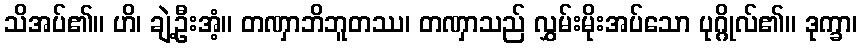
သိအပ်၏။ ဟိ၊ ချဲ့ဦးအံ့။ တဏှာဘိဘူတဿ၊ တဏှာသည် လွှမ်းမိုးအပ်သော ပုဂ္ဂိုလ်၏။ ဒုက္ခာ၊